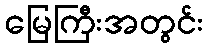
မြေကြီးအတွင်း